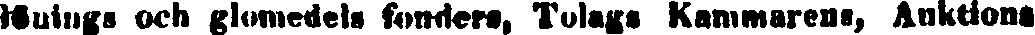
#uings och glomedels fonders, Tolags Kammarens, Auktions